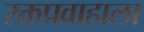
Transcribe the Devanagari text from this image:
रक्तप्रवाहाला